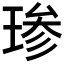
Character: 𱯆